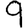
Digit: 9